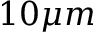
1 0 \mu m